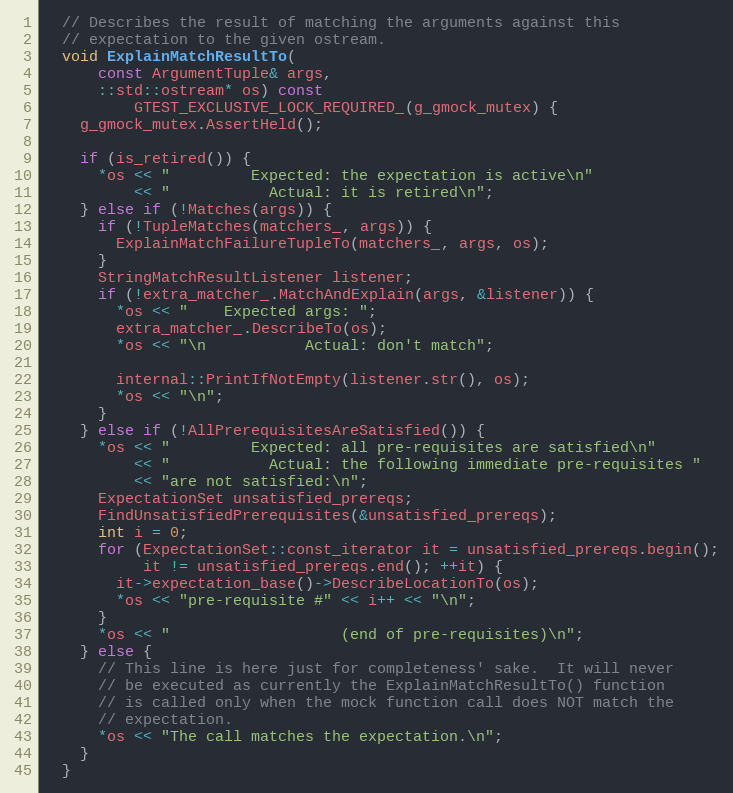
Language: C
  // Describes the result of matching the arguments against this
  // expectation to the given ostream.
  void ExplainMatchResultTo(
      const ArgumentTuple& args,
      ::std::ostream* os) const
          GTEST_EXCLUSIVE_LOCK_REQUIRED_(g_gmock_mutex) {
    g_gmock_mutex.AssertHeld();

    if (is_retired()) {
      *os << "         Expected: the expectation is active\n"
          << "           Actual: it is retired\n";
    } else if (!Matches(args)) {
      if (!TupleMatches(matchers_, args)) {
        ExplainMatchFailureTupleTo(matchers_, args, os);
      }
      StringMatchResultListener listener;
      if (!extra_matcher_.MatchAndExplain(args, &listener)) {
        *os << "    Expected args: ";
        extra_matcher_.DescribeTo(os);
        *os << "\n           Actual: don't match";

        internal::PrintIfNotEmpty(listener.str(), os);
        *os << "\n";
      }
    } else if (!AllPrerequisitesAreSatisfied()) {
      *os << "         Expected: all pre-requisites are satisfied\n"
          << "           Actual: the following immediate pre-requisites "
          << "are not satisfied:\n";
      ExpectationSet unsatisfied_prereqs;
      FindUnsatisfiedPrerequisites(&unsatisfied_prereqs);
      int i = 0;
      for (ExpectationSet::const_iterator it = unsatisfied_prereqs.begin();
           it != unsatisfied_prereqs.end(); ++it) {
        it->expectation_base()->DescribeLocationTo(os);
        *os << "pre-requisite #" << i++ << "\n";
      }
      *os << "                   (end of pre-requisites)\n";
    } else {
      // This line is here just for completeness' sake.  It will never
      // be executed as currently the ExplainMatchResultTo() function
      // is called only when the mock function call does NOT match the
      // expectation.
      *os << "The call matches the expectation.\n";
    }
  }